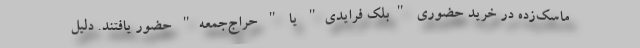
ماسک‌زده در خرید حضوری "بلک فرایدی" یا " حراج‌جمعه" حضور یافتند. دلیل